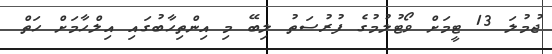
ޖުމުލަ 13 ޓީމަށް ވޯޓުލުމުގެ ފުރުސަތު ލިބޭ މި އިންތިހާބުގައި އިލްހާމަށް ހަތް